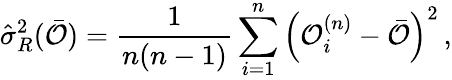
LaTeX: \hat{\sigma}_{R}^{2}(\bar{\mathcal O})=\frac{1}{n(n-1)}\sum_{i=1}^{n}\left(\mathcal{O}_{i}^{(n)}-\bar{\mathcal O}\right)^{2}\, ,